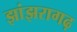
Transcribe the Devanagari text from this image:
झांझरागढ़